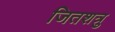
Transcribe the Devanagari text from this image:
जितशत्रु